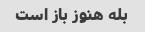
بله هنوز باز است